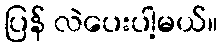
ပြန် လဲပေးပါ့မယ်။